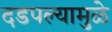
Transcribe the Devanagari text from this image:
दडपल्यामुळे